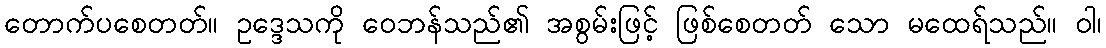
တောက်ပစေတတ်။ ဥဒ္ဒေသကို ဝေဘန်သည်၏ အစွမ်းဖြင့် ဖြစ်စေတတ် သော မထေရ်သည်။ ဝါ၊